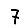
Digit: 7